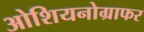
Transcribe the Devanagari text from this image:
ओशियनोग्राफर